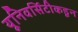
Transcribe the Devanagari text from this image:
यूनिवर्सिटीकडून